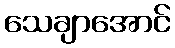
သေချာအောင်